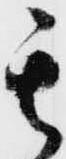
其